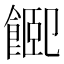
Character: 𩜮